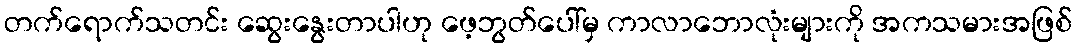
တက်ရောက်သတင်း ဆွေးနွေးတာပါဟု ဖေ့ဘွတ်ပေါ်မှ ကာလာဘောလုံးများကို အကသမားအဖြစ်